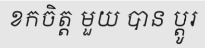
ខកចិត្ត មួយ បាន ប្តូរ